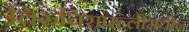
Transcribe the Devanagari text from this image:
तिरुचिरापल्लीमधील